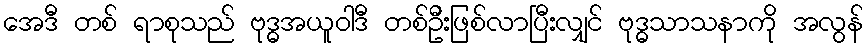
အေဒီ တစ် ရာစုသည် ဗုဒ္ဓအယူဝါဒီ တစ်ဦးဖြစ်လာပြီးလျှင် ဗုဒ္ဓသာသနာကို အလွန်